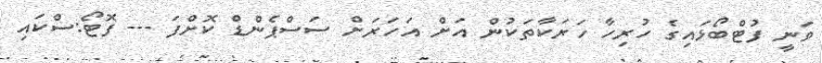
ވަނީ ފުޓްބޯޅައިގެ ހުރިހާ ހަރަކާތަކުން އަށް އަހަރަށް ސަސްޕެންޑް ކޮށްފަ --- ފޮޓޯ:ސްކައި